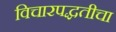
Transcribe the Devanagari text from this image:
विचारपद्धतीचा